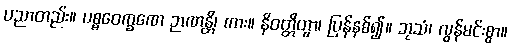
ပညာတည်း။ ပစ္စဝေက္ခဏေ ဉာဏန္တိ၊ ကား။ နိဝတ္တိတွာ၊ ပြန်နစ်၍။ ဘုသံ၊ လွန်မင်းစွာ။